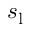
s _ { \mathrm { l } }